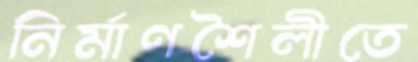
নির্মাণশৈলীতে